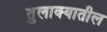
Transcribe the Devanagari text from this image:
तुलाक्यातील